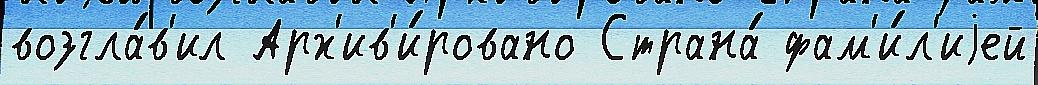
возгла́в'ил Арх'ив'и́ровано Страна́ фам'и́л'иjей